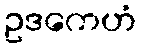
ဥဒကေဟံ